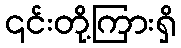
၎င်းတို့ကြားရှိ